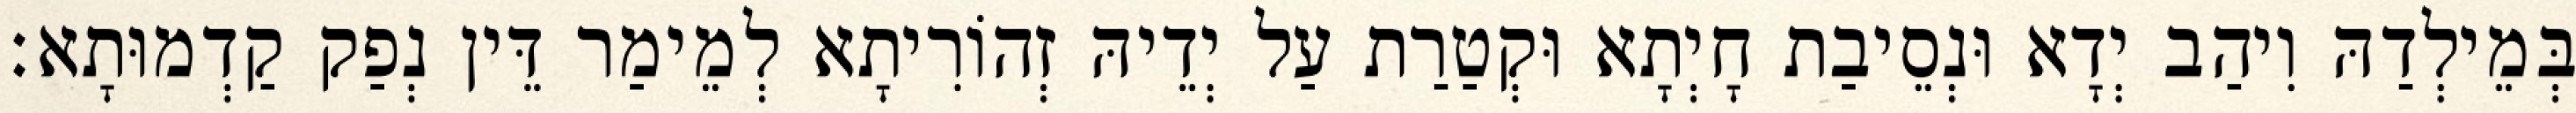
בְּמֵילְדַהּ וִיהַב יְדָא וּנְסֵיבַת חָיְתָא וּקְטַרַת עַל יְדֵיהּ זְהוֹרִיתָא לְמֵימַר דֵּין נְפַק קַדְמוּתָא׃